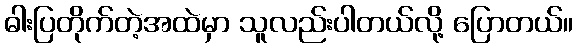
ဓါးပြတိုက်တဲ့အထဲမှာ သူလည်းပါတယ်လို့ ပြောတယ်။